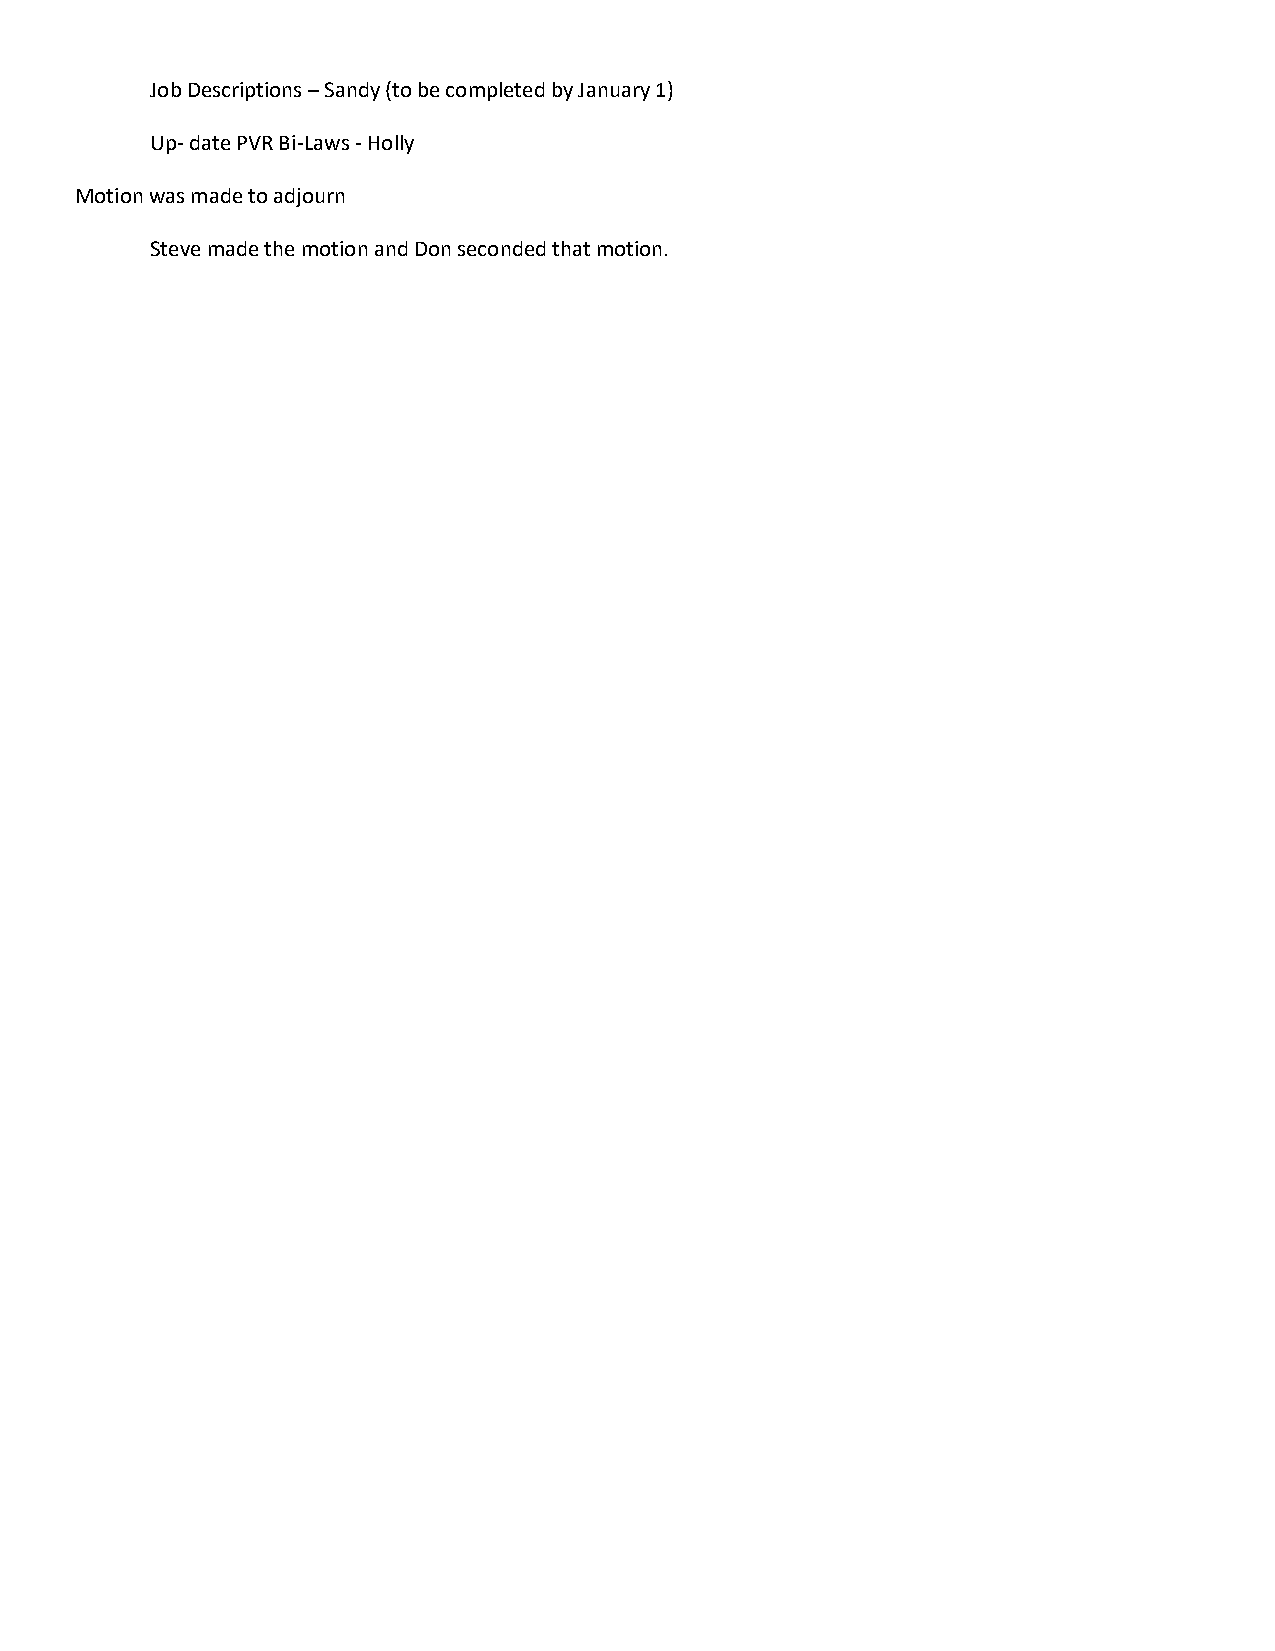
Job Descriptions – Sandy (to be completed by January 1)
 Up- date PVR Bi-Laws - Holly
 Motion was made to adjourn
 Steve made the motion and Don seconded that motion.